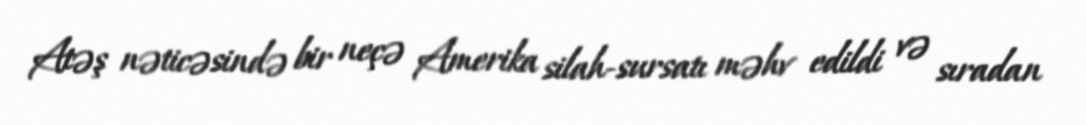
Atəş nəticəsində bir neçə Amerika silah-sursatı məhv edildi və sıradan